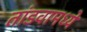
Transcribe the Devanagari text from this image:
तांडवामध्ये